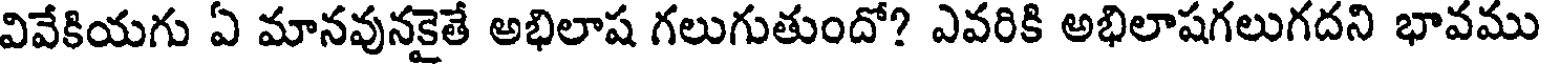
వివేకియగు ఏ మానవునకైతే అభిలాష గలుగుతుందో? ఎవరికి అభిలాషగలుగదని భావము